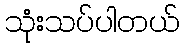
သုံးသပ်ပါတယ်